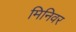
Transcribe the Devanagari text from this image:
मिनिवर